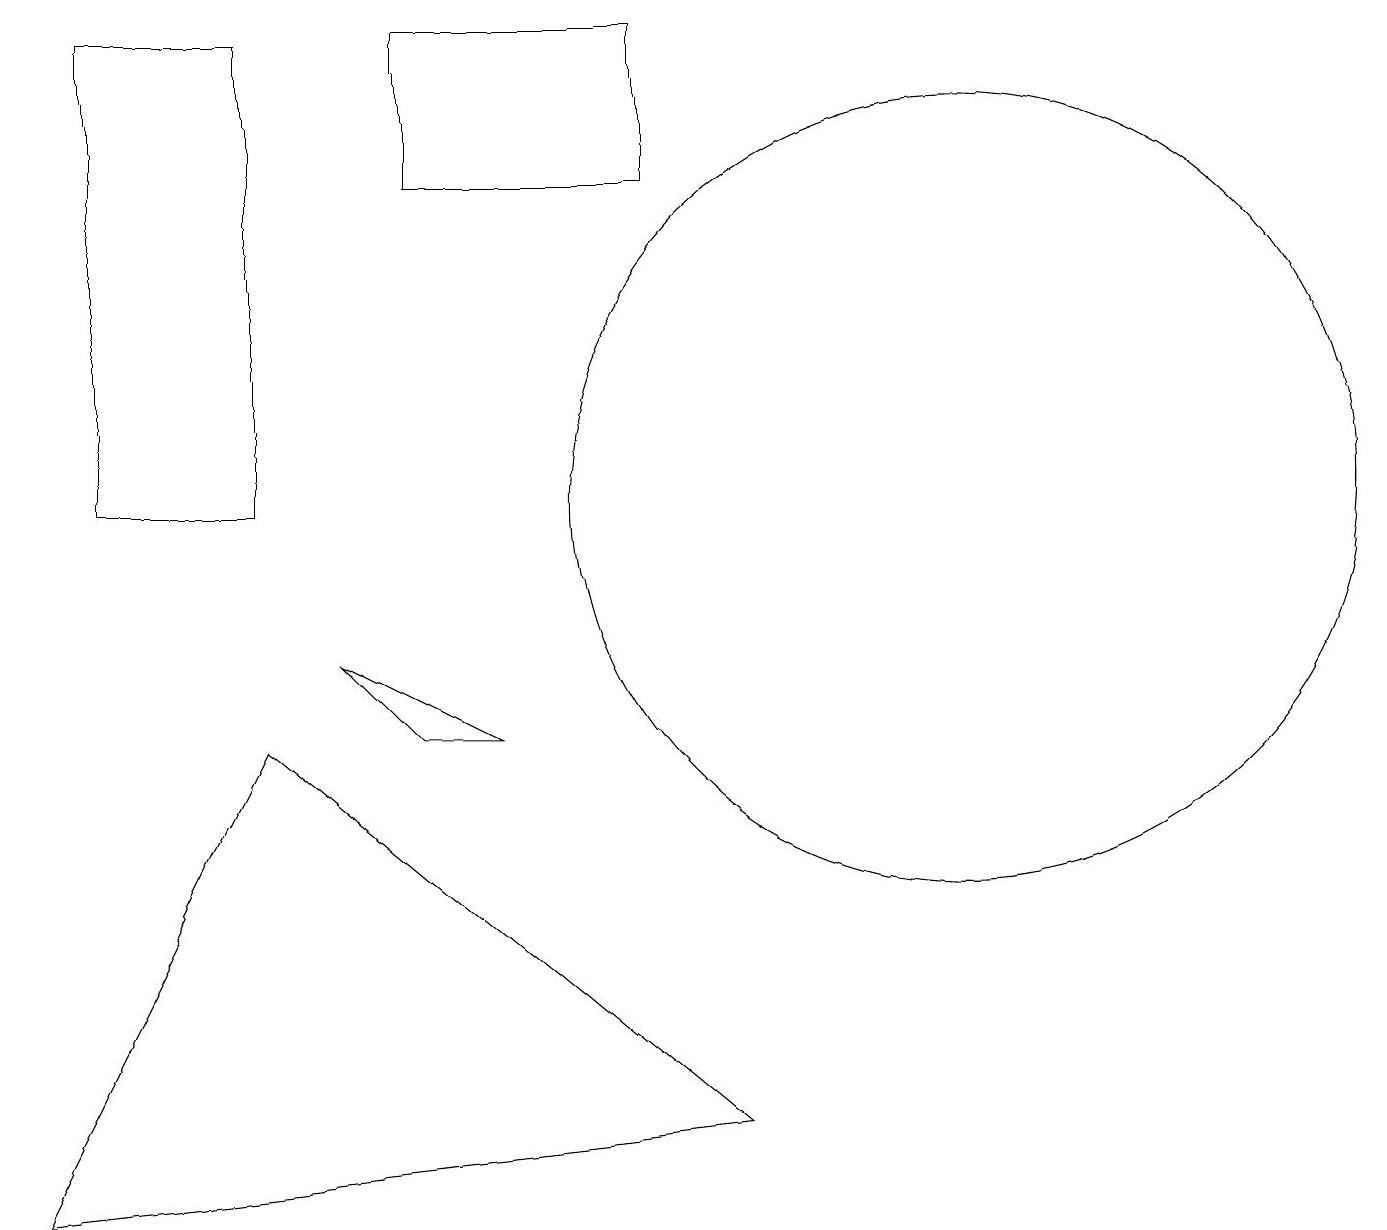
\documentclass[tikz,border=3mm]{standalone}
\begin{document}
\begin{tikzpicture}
\draw (12,10) circle (5);
\draw (4,8) -- (5,7) -- (6,7) -- cycle;
\draw (3,7) -- (0,1) -- (9,2) -- cycle;
\draw (3,10) rectangle (1,16);
\draw (11,10) circle (0);
\draw (5,16) rectangle (8,14);
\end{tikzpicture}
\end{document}